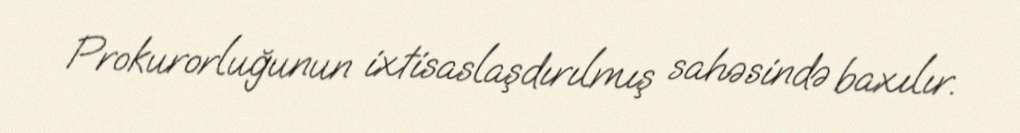
Prokurorluğunun ixtisaslaşdırılmış sahəsində baxılır.